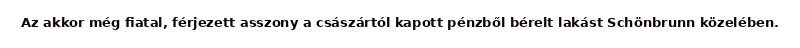
Az akkor még fiatal, férjezett asszony a császártól kapott pénzből bérelt lakást Schönbrunn közelében.